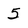
Character: 5